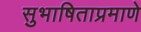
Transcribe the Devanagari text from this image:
सुभाषिताप्रमाणे